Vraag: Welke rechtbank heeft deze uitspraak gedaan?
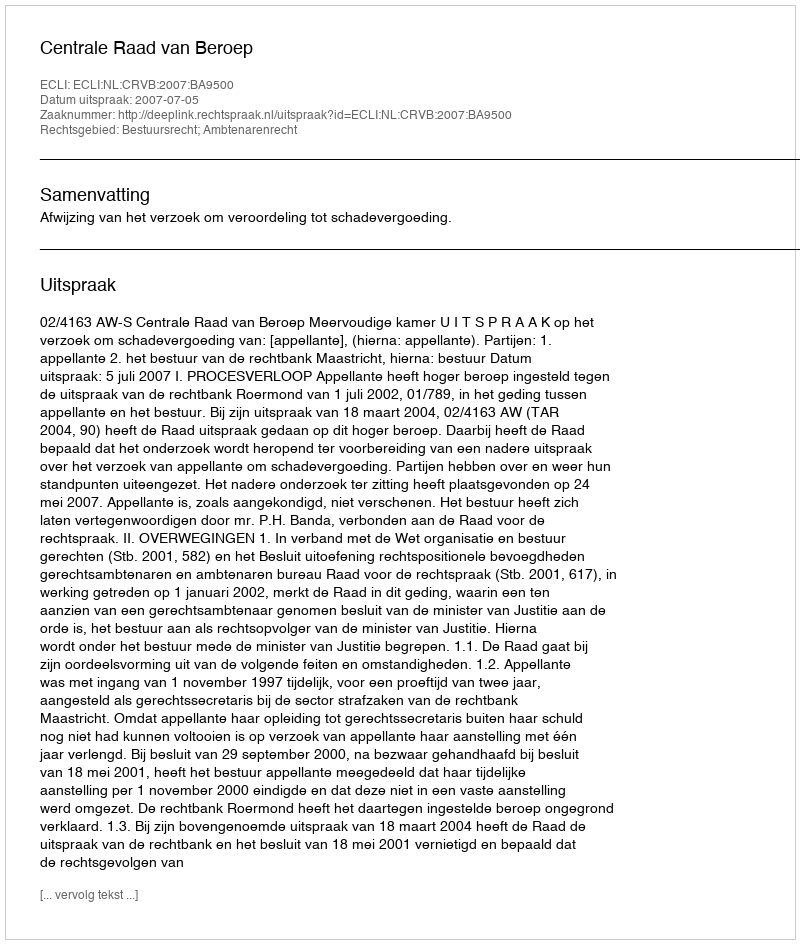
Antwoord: Centrale Raad van Beroep